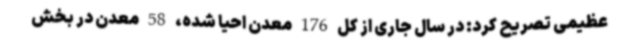
عظیمی تصریح کرد: در سال جاری از کل 176 معدن احیا شده، 58 معدن در بخش